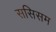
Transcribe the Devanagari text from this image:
ससिसम